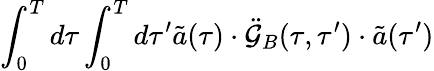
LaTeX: \int_{0}^{T}d\tau\int_{0}^{T}d\tau^{\prime}{\tilde{a}}(\tau)\cdot\ddot{\cal G}_{B}(\tau,\tau^{\prime})\cdot{\tilde{a}}(\tau^{\prime})